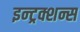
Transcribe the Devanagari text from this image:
इन्ट्रक्शन्स